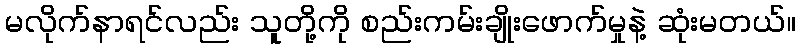
မလိုက်နာရင်လည်း သူတို့ကို စည်းကမ်းချိုးဖောက်မှုနဲ့ ဆုံးမတယ်။